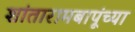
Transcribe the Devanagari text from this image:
शांतारामबापूंच्या